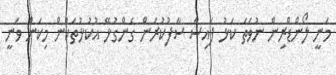
މަނީ ލޯންޑްރިން ނުވަތަ ކަޅު ފައިސާ ސާފުކުރަން ގެންގުޅޭ އުކުޅުތަކުން މިކަން ވަނީ